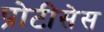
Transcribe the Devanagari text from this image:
प्रोटीसेस